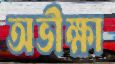
অভীক্ষা